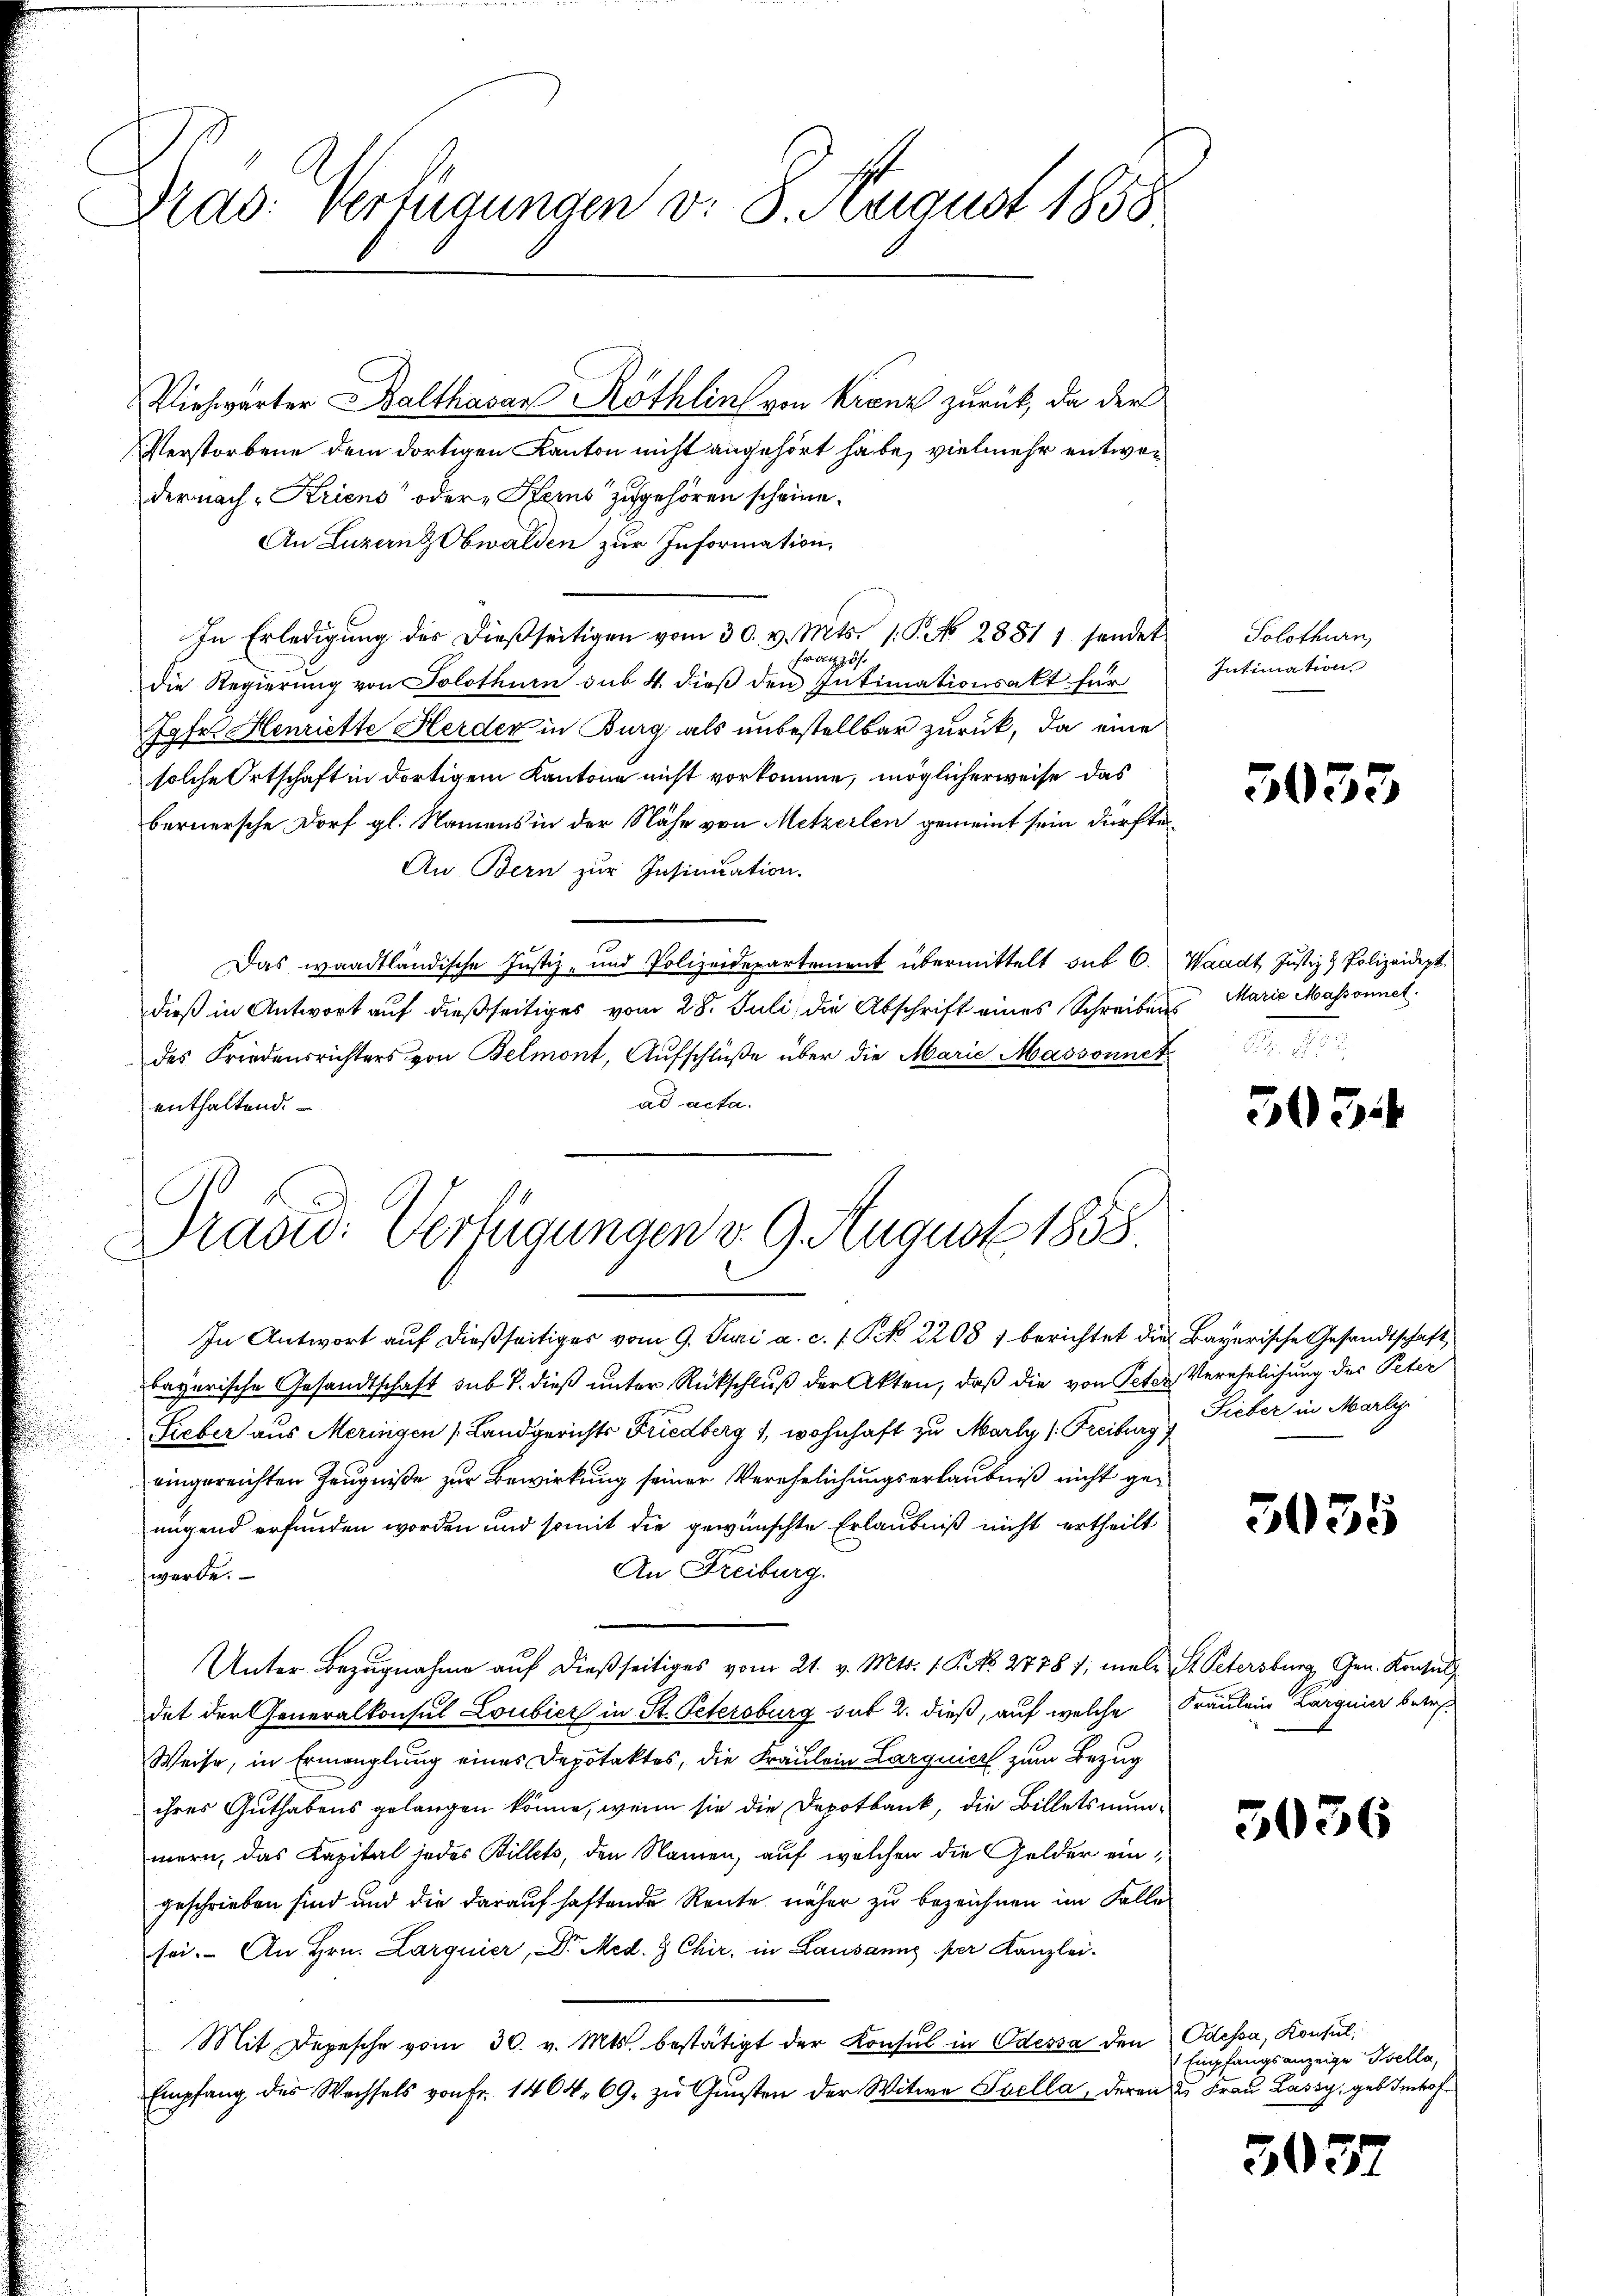
Drad: Verfügungen v. 8. August 1858

Verstorbene dem dortigen Kanton nicht angehört habe, vielmehr entweder nach Kriens“ oder Kerns zugehören scheine.
An Luzern Obwalden zur Information,
In Erledigŭng der dießseitigen vom 30. v. Mts. 1. P. No. 28811 sendet
Französ.
die Regierung von Solothurn sub 4. dieβ den Intimationsakt für
Jgfr. Henriette Herder in Burg als unbestellbar zurück, da eine
solche Ortschaft in dortigem Kantone nicht vorkomme, möglicherweise das
bernersche Dorf gl. Namens in der Nähe von Metzerlen gemeint sein dürfte
An Bern zur Insinuation.
Das waadtländische Justiz- und Polizeidepartement übermittelt sub 6. Waadt, Justiz & Polizeidept.
dieß in Antwort auf dießseitiges vom 28. Juli, die Abschrift eines Schreibens Marie Massonnet.
des Friedensrichters von Belmont, Aufschlüße über die Marie Massonnet
ad acta.
enthaltend.
In Antwort auf dießseitiges vom 9. Juni a. c. s. S. No 2208, berichtet die Bayerische Gesandtschaft
bayerische Gesandtschaft sub 7. dieß unter Rückschluß der Akten, daß die von Peter Verehelichung des Peter
Lieber aus Meringen (Landgerichts Friedberg 1, wohnhaft zu Marty (Freiburg, Lieber in Marl
eingereichten Zeugniße zur Bewirkung seiner Verehelichungserlaubniß nicht genügend erfunden worden und somit die gewünschte Erlaubniß nicht ertheilt
An Freiburg.
werde.
Unter Bezugnahme auf dießseitiges vom 21. v. Mts. 1. P. NNo. 27787, male St. Petersburg Gen. Konsul
det der Generalkonsul Loubier in St. Petersburg sub 2. dieß, auf welche Fräulein Largnier betref¬
Weise, in Ermanglung eines Depotaktes, die Fräulein Larguier zum Bezug
ihres Guthabens gelangen könne, wenn sie die Depotbank, die Billetsmunmern, das Kapital jedes Billets, den Namen, auf welchen die Gelder eingeschrieben sind und die darauf haftende Reute näher zu bezeichnen im Falle
sei. An Hrn. Larguier, Dr. Med. 7 Chir. in Lausanng per Kanzlei.
Mit Depesche vom 30. v. Mts. bestätigt der Konsul in Odessa den Odessa, Konsul¬
Empfang des Wechsels von Fr. 1404. 69. zŭ Gŭnsten der Witwe Isella, deren u. Frau Lassy geb. Imhof¬

Viehwärter Balthasar Röthlin von Kranz zurück, da der

c
Pradid: Verfügungen d. 9. August 1858

Solothurn,
Intimation

5053

5034

5035

5036

Empfangsanzeige Sella,

5037